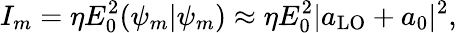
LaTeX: I_{m}=\eta E_{0}^{2}(\psi_{m}|\psi_{m})\approx\eta E_{0}^{2}|a_{\mathrm{LO}}+a_{0}|^{2},